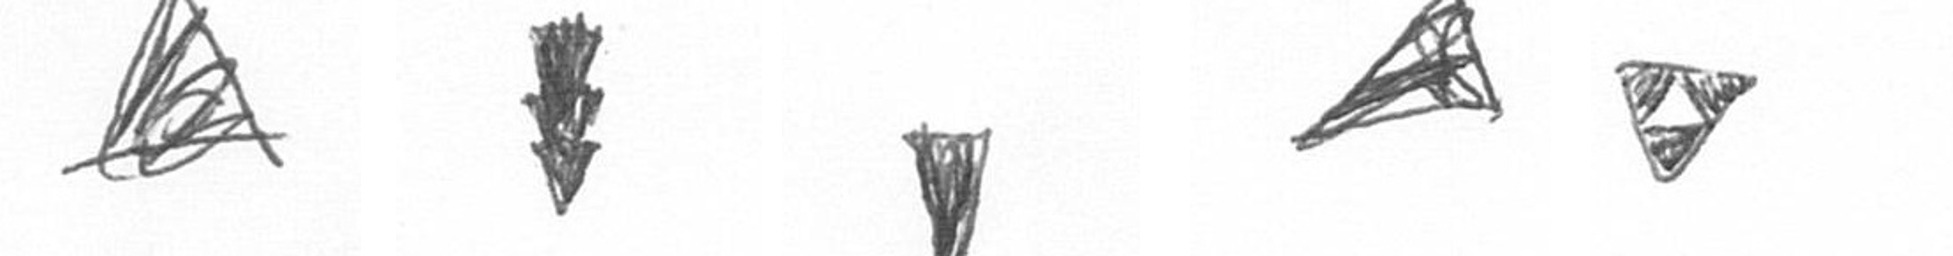
O E J O S